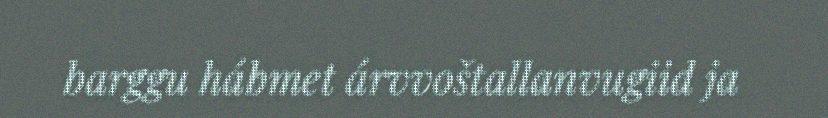
barggu hábmet árvvoštallanvugiid ja